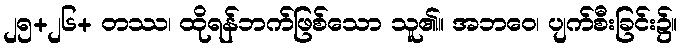
၂၅+၂၆+ တဿ၊ ထိုရန်ဘက်ဖြစ်သော သူ၏။ အဘဝေ၊ ပျက်စီးခြင်း၌။